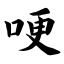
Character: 哽